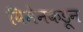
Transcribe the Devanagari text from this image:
विमेनकडून